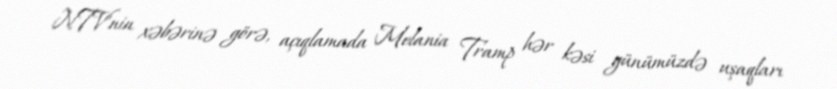
NTV'nin xəbərinə görə, açıqlamada Melania Tramp hər kəsi günümüzdə uşaqları